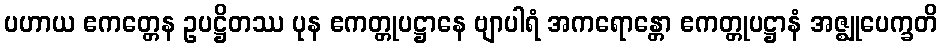
ပဟာယ ဧကတ္တေန ဥပဋ္ဌိတဿ ပုန ဧကတ္တုပဋ္ဌာနေ ဗျာပါရံ အကရောန္တော ဧကတ္တုပဋ္ဌာနံ အဇ္ဈုပေက္ခတိ